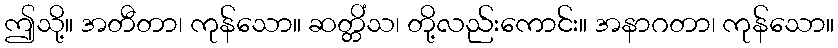
ဤသို့။ အတီတာ၊ ကုန်သော။ ဆတ္တိံသ၊ တို့လည်းကောင်း။ အနာဂတာ၊ ကုန်သော။